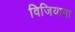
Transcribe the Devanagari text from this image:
विजियाना